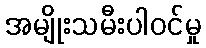
အမျိုးသမီးပါဝင်မှု